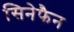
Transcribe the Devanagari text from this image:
सिनेफैन